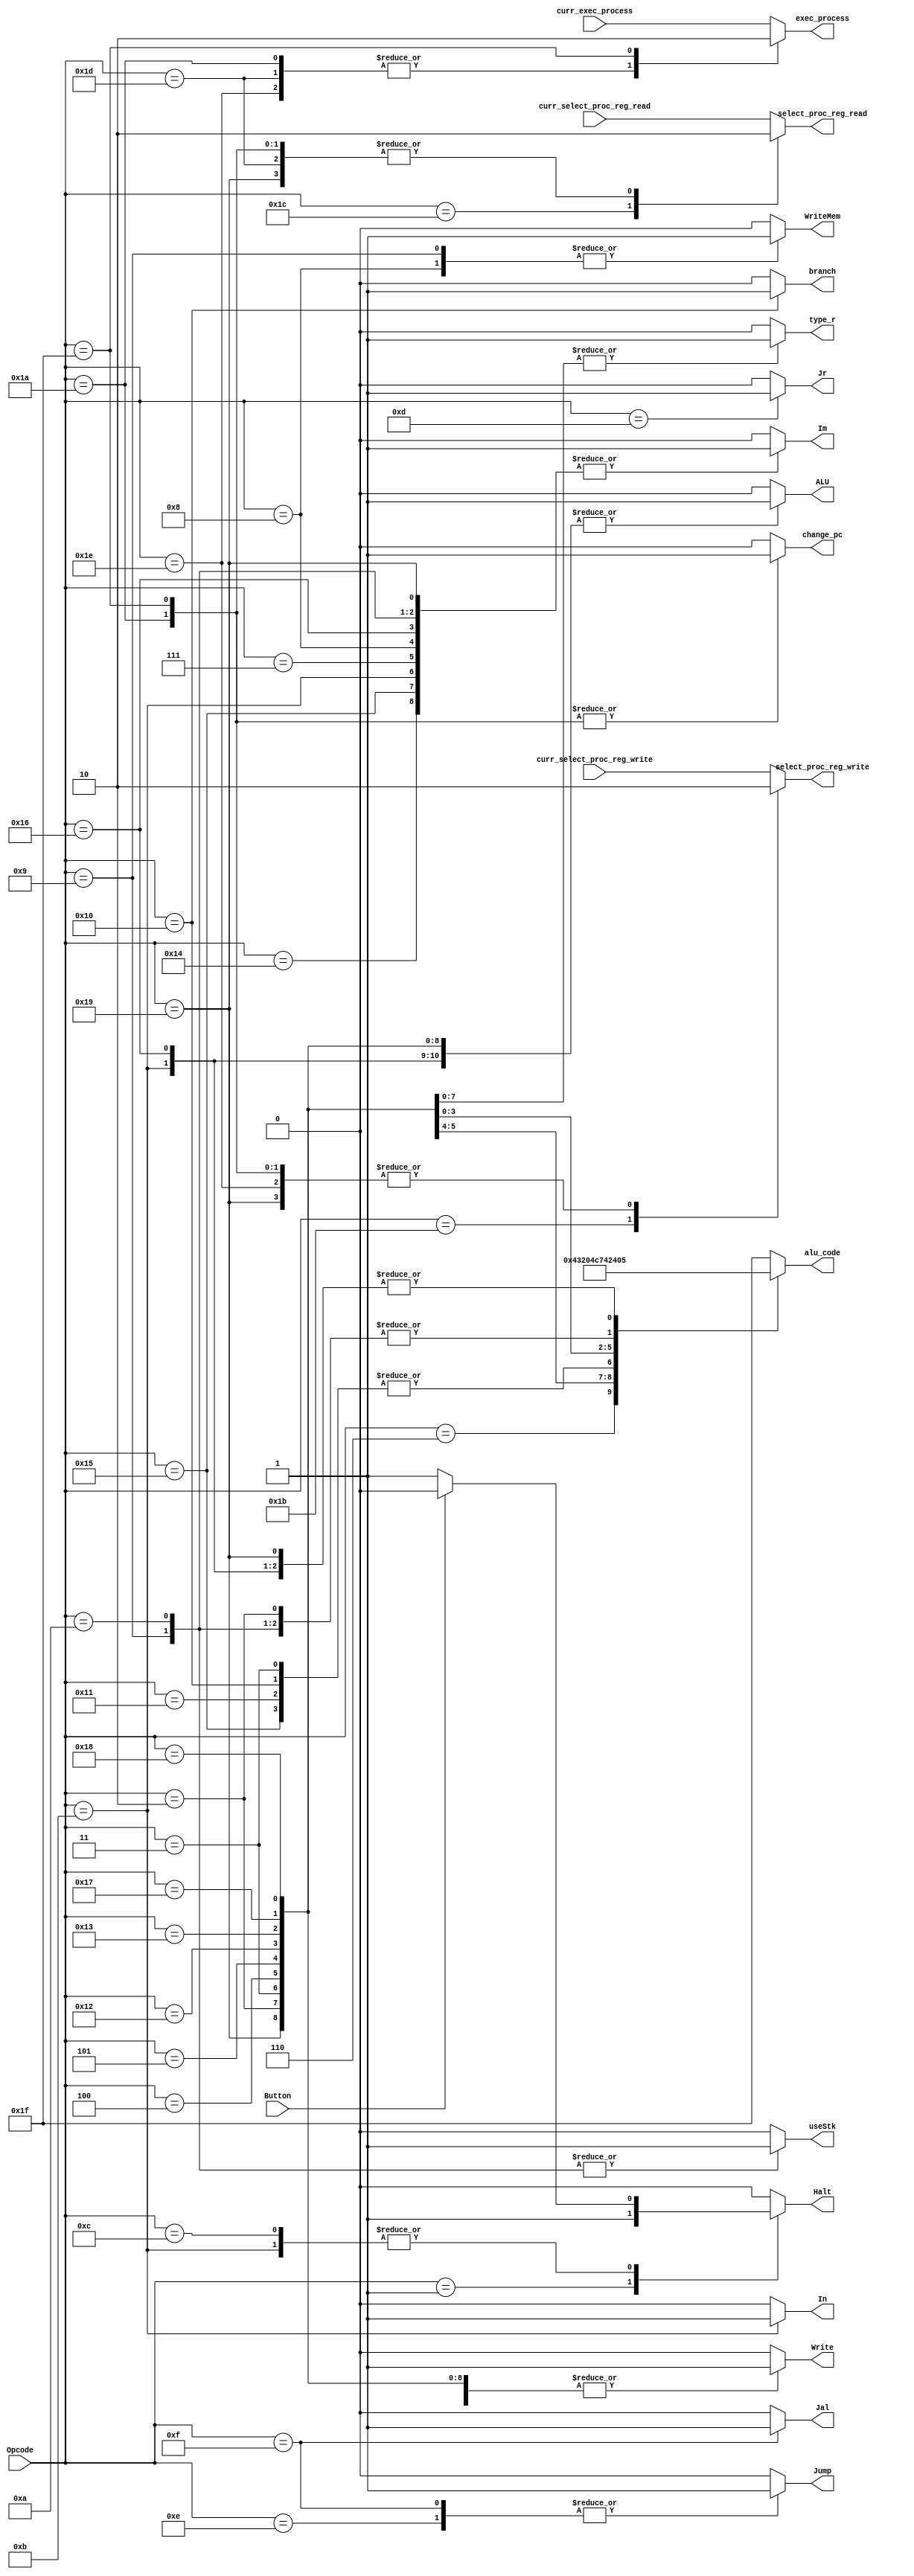
module ControlUnit (Button, curr_exec_process, curr_select_proc_reg_write, curr_select_proc_reg_read, Opcode, alu_code, ALU, branch, change_pc, Halt, Im, In, Jal, Jr, Jump, Write, WriteMem, useStk, type_r,exec_process, select_proc_reg_write , select_proc_reg_read);
	input Button, curr_exec_process, curr_select_proc_reg_write, curr_select_proc_reg_read;
	input [5:0] Opcode;
	output reg [4:0] alu_code;
	output reg ALU, branch, change_pc, Halt, Im, In, Jal, Jr, Jump, Write, WriteMem, useStk, type_r, exec_process, select_proc_reg_write , select_proc_reg_read ;
	
	always @ (*) begin
		case (Opcode)
			6'b000001: //halt
				begin
				ALU = 1'b0; 
				Halt = 1'b1;
				Im = 1'b0;
				In = 1'b0;
				Jal = 1'b0;
				Jr = 1'b0;
				Jump = 1'b0;
				//Mem = 1'b0;
				Write = 1'b0;
				WriteMem = 1'b0;
				useStk = 1'b0;
				alu_code = 5'b11111;
				type_r = 1'b0;
				//type_i = 1'b0;
				//type_in = 1'b0;
				branch = 1'b0;
				exec_process = curr_exec_process;
				select_proc_reg_write = curr_select_proc_reg_write ;
				select_proc_reg_read = curr_select_proc_reg_read;
				change_pc = 1'b0;
				end
			6'b000010 : //add
				begin
				ALU = 1'b1; 
				Halt = 1'b0;
				Im = 1'b0;
				In = 1'b0;
				Jal = 1'b0;
				Jr = 1'b0;
				Jump = 1'b0;
				//Mem = 1'b0;
				Write = 1'b1;
				WriteMem = 1'b0;
				useStk = 1'b0;
				alu_code = 5'b00000;
				type_r = 1'b1;
				//type_i = 1'b0;
				//type_in = 1'b0;
				branch = 1'b0;
				exec_process = curr_exec_process;
				select_proc_reg_write = curr_select_proc_reg_write ;
				select_proc_reg_read = curr_select_proc_reg_read;
				change_pc = 1'b0;
				end
			6'b000011 : //sub
				begin
				ALU = 1'b1; 
				Halt = 1'b0;
				Im = 1'b0;
			   In = 1'b0;	
				Jal = 1'b0;
				Jr = 1'b0;
				Jump = 1'b0;
				//Mem = 1'b0;
				Write = 1'b1;
				WriteMem = 1'b0;
				useStk = 1'b0;
				alu_code = 5'b00001;
				type_r = 1'b1;
				//type_i = 1'b0;
				//type_in = 1'b0;
				branch = 1'b0;
				exec_process = curr_exec_process;
				select_proc_reg_write = curr_select_proc_reg_write ;
				select_proc_reg_read = curr_select_proc_reg_read;
				change_pc = 1'b0;
				end
			6'b010100 : //addi
				begin
				ALU = 1'b1; 
				Halt = 1'b0;
				In = 1'b0;
				Im = 1'b1; 
				Jal = 1'b0;
				Jr = 1'b0;
				Jump = 1'b0;
				//Mem = 1'b0;
				Write = 1'b1;
				WriteMem = 1'b0;
				useStk = 1'b0;
				alu_code = 5'b00000;
				type_r = 1'b0;
				//type_i = 1'b1;
				//type_in = 1'b0;
				branch = 1'b0;
				exec_process = curr_exec_process;
				select_proc_reg_write = curr_select_proc_reg_write ;
				select_proc_reg_read = curr_select_proc_reg_read;
				change_pc = 1'b0;
				end
			6'b010101 : //subi
				begin
				ALU = 1'b1; 
				Halt = 1'b0;
				Im = 1'b1;
			   In = 1'b0;
				Jal = 1'b0;
				Jr = 1'b0;
				Jump = 1'b0;
				//Mem = 1'b0;
				Write = 1'b1;
				WriteMem = 1'b0;
				useStk = 1'b0;
				alu_code = 5'b00001;
				type_r = 1'b0;
				//type_i = 1'b1;
				//type_in = 1'b0;
				branch = 1'b0;
				exec_process = curr_exec_process;
				select_proc_reg_write = curr_select_proc_reg_write ;
				select_proc_reg_read = curr_select_proc_reg_read;
				change_pc = 1'b0;
				end
			6'b000110: //mov
				begin
				ALU = 1'b1; 
				Halt = 1'b0;
				Im = 1'b0;
				In = 1'b0;
				Jal = 1'b0;
				Jr = 1'b0;
				Jump = 1'b0;
				//Mem = 1'b0;
				Write = 1'b1;
				WriteMem = 1'b0;
				useStk = 1'b0;
				alu_code = 5'b00010;
				type_r = 1'b0;
				//type_i = 1'b1;
				//type_in = 1'b0;
				branch = 1'b0;
				exec_process = curr_exec_process;
				select_proc_reg_write = curr_select_proc_reg_write ;
				select_proc_reg_read = curr_select_proc_reg_read;
				change_pc = 1'b0;
				end
			6'b000100: //mult
				begin
				ALU = 1'b1; 
				Halt = 1'b0;
				Im = 1'b0; 
				In = 1'b0;
				Jal = 1'b0;
				Jr = 1'b0;
				Jump = 1'b0;
				//Mem = 1'b0;
				Write = 1'b1;
				WriteMem = 1'b0;
				useStk = 1'b0;
				alu_code = 5'b00011;
				type_r = 1'b1;
				//type_i = 1'b0;
				//type_in = 1'b0;
				branch = 1'b0;
				exec_process = curr_exec_process;
				select_proc_reg_write = curr_select_proc_reg_write ;
				select_proc_reg_read = curr_select_proc_reg_read;
				change_pc = 1'b0;
				end
			6'b000101: //div
				begin
				ALU = 1'b1; 
				Halt = 1'b0;
				Im = 1'b0;
				In = 1'b0;
				Jal = 1'b0;
				Jr = 1'b0;
				Jump = 1'b0;
				//Mem = 1'b0;
				Write = 1'b1;
				WriteMem = 1'b0;
				useStk = 1'b0;
				alu_code = 5'b00100;
				type_r = 1'b1;
				//type_i = 1'b0;
				//type_in = 1'b0;
				branch = 1'b0;
				exec_process = curr_exec_process;
				select_proc_reg_write = curr_select_proc_reg_write ;
				select_proc_reg_read = curr_select_proc_reg_read;
				change_pc = 1'b0;
				end
			6'b010001: //bneq
				begin
				ALU = 1'b0; 
				Halt = 1'b0;
				Im = 1'b0;
				In = 1'b0;
				Jal = 1'b0;
				Jr = 1'b0;
				Jump = 1'b0;
				//Mem = 1'b0;
				Write = 1'b0;
				WriteMem = 1'b0;
				useStk = 1'b0;
				alu_code = 5'b00001;
				type_r = 1'b0;
				//type_i = 1'b0;
				//type_in = 1'b0;
				branch = 1'b0;
				exec_process = curr_exec_process;
				select_proc_reg_write = curr_select_proc_reg_write ;
				select_proc_reg_read = curr_select_proc_reg_read;
				change_pc = 1'b0;
				end
			6'b010000: //beq 
				begin
				ALU = 1'b0; 
				Halt = 1'b0;
				Im = 1'b0;
				In = 1'b0;
				Jal = 1'b0;
				Jr = 1'b0;
				Jump = 1'b0;
				//Mem = 1'b0;
				Write = 1'b0;
				WriteMem = 1'b0;
				useStk = 1'b0;
				alu_code = 5'b00001;
				type_r = 1'b0;
				//type_i = 1'b0;
				//type_in = 1'b0;
				branch = 1'b1;
				exec_process = curr_exec_process;
				select_proc_reg_write = curr_select_proc_reg_write ;
				select_proc_reg_read = curr_select_proc_reg_read;
				change_pc = 1'b0;
				end
			6'b010010: //slt
				begin
				ALU = 1'b1;
				Halt = 1'b0;
				Im = 1'b0;
				In = 1'b0;
				Jal = 1'b0;
				Jr = 1'b0;
				Jump = 1'b0;
				//Mem = 1'b0;
				Write = 1'b1;
				WriteMem = 1'b0;
				useStk = 1'b0;
				alu_code = 5'b00110;
				type_r = 1'b1;
				//type_i = 1'b0;
				//type_in = 1'b0;
				branch = 1'b0;
				exec_process = curr_exec_process;
				select_proc_reg_write = curr_select_proc_reg_write ;
				select_proc_reg_read = curr_select_proc_reg_read;
				change_pc = 1'b0;
				end
			6'b010011: //sgt
				begin
				ALU = 1'b1;
				Halt = 1'b0;
				Im = 1'b0;
				In = 1'b0;
				Jal = 1'b0;
				Jr = 1'b0;
				Jump = 1'b0;
			//	Mem = 1'b0;
				Write = 1'b1;
				WriteMem = 1'b0;
				useStk = 1'b0;
				alu_code = 5'b00111;
				type_r = 1'b1;
				//type_i = 1'b0;
				//type_in = 1'b0;
				branch = 1'b0;
				exec_process = curr_exec_process;
				select_proc_reg_write = curr_select_proc_reg_write ;
				select_proc_reg_read = curr_select_proc_reg_read;
				change_pc = 1'b0;
				end
			6'b010111: //slet
				begin
				ALU = 1'b1;
				Halt = 1'b0;
				Im = 1'b0;
				In = 1'b0;
				Jal = 1'b0;
				Jr = 1'b0;
				Jump = 1'b0;
			//	Mem = 1'b0;
				Write = 1'b1;
				WriteMem = 1'b0;
				useStk = 1'b0;
				alu_code = 5'b01000;
				type_r = 1'b1;
				//type_i = 1'b0;
				//type_in = 1'b0;
				branch = 1'b0;
				exec_process = curr_exec_process;
				select_proc_reg_write = curr_select_proc_reg_write ;
				select_proc_reg_read = curr_select_proc_reg_read;
				change_pc = 1'b0;
				end
			6'b011000: //sget
				begin
				ALU = 1'b1;
				Halt = 1'b0;
				Im = 1'b0;
				In = 1'b0;
				Jal = 1'b0;
				Jr = 1'b0;
				Jump = 1'b0;
			//	Mem = 1'b0;
				Write = 1'b1;
				WriteMem = 1'b0;
				useStk = 1'b0;
				alu_code = 5'b01001;
				type_r = 1'b1;
				//type_i = 1'b0;
				//type_in = 1'b0;
				branch = 1'b0;
				exec_process = curr_exec_process;
				select_proc_reg_write = curr_select_proc_reg_write ;
				select_proc_reg_read = curr_select_proc_reg_read;
				change_pc = 1'b0;
				end
			6'b001011: //in
				begin
				ALU = 1'b1;
				Im = 1'b1;
				In = 1'b1;
				Jal = 1'b0;
				Jr = 1'b0;
				Jump = 1'b0;
				//Mem = 1'b0;
				Write = 1'b1;
				WriteMem = 1'b0;
				useStk = 1'b0;
				//Halt = 1'b1;
				alu_code = 5'b00101;
				type_r = 1'b0;
				//type_i = 1'b0;
				//type_in = 1'b1;
				branch = 1'b0;
				if (Button) Halt = 1'b0;
				else Halt = 1'b1;
				exec_process = curr_exec_process;
				select_proc_reg_write = curr_select_proc_reg_write ;
				select_proc_reg_read = curr_select_proc_reg_read;
				change_pc = 1'b0;
				end
			6'b001100: //out
				begin
				//Write = 1'b1;
				ALU = 1'b0; 
				Im = 1'b0;
				In = 1'b0;
				Jal = 1'b0;
				Jr = 1'b0;
				Jump = 1'b0;
				//Mem = 1'b0;
				Write = 1'b0;
				WriteMem = 1'b0;
				useStk = 1'b0;
				alu_code = 5'b11111;
				type_r = 1'b0;
				//type_i = 1'b0;
				//type_in = 1'b0;
				branch = 1'b0;
				if (Button) Halt = 1'b0;
				else Halt = 1'b1;
				exec_process = curr_exec_process;
				select_proc_reg_write = curr_select_proc_reg_write ;
				select_proc_reg_read = curr_select_proc_reg_read;
				change_pc = 1'b0;
				//end
				end
			6'b000111: //lw
				begin
				ALU = 1'b0; 
				Halt = 1'b0;
				Im = 1'b1;
				In = 1'b0;
				Jal = 1'b0;
				Jr = 1'b0;
				Jump = 1'b0;
				//Mem = 1'b1;
				Write = 1'b1;
				WriteMem = 1'b0;
				useStk = 1'b0;
				alu_code = 5'b00000;
				type_r = 1'b0;
				//type_i = 1'b1; //verificar segybdi a logica
				//type_in = 1'b0;
				branch = 1'b0;
				exec_process = curr_exec_process;
				select_proc_reg_write = curr_select_proc_reg_write ;
				select_proc_reg_read = curr_select_proc_reg_read;
				change_pc = 1'b0;
				end
			6'b001000: //sw
				begin
				ALU = 1'b0; 
				Halt = 1'b0;
				Im = 1'b1;
				In = 1'b0;
				Jal = 1'b0;
				Jr = 1'b0;
				Jump = 1'b0;
				//Mem = 1'b0;
				Write = 1'b0;
				WriteMem = 1'b1;
				useStk = 1'b0;
				alu_code = 5'b00000;
				type_r = 1'b0;
				//type_i = 1'b1;
				//type_in = 1'b0;
				branch = 1'b0;
				exec_process = curr_exec_process;
				select_proc_reg_write = curr_select_proc_reg_write ;
				select_proc_reg_read = curr_select_proc_reg_read;
				change_pc = 1'b0;
				end
			6'b001101: //jr
				begin
				ALU = 1'b0; 
				Halt = 1'b0;
				Im = 1'b0;
				In = 1'b0;
				Jal = 1'b0;
				Jr = 1'b1;
				Jump = 1'b0; //tava 1
				//Mem = 1'b0;
				Write = 1'b0;
				WriteMem = 1'b0;
				useStk = 1'b0;
				alu_code = 5'b11111;
				type_r = 1'b0;
				//type_i = 1'b0;
				//type_in = 1'b0;
				branch = 1'b0;
				exec_process = curr_exec_process;
				select_proc_reg_write = curr_select_proc_reg_write ;
				select_proc_reg_read = curr_select_proc_reg_read;
				change_pc = 1'b0;
				end
			6'b001110: //j
				begin 
				ALU = 1'b0; 
				Halt = 1'b0;
				Im = 1'b0;
				In = 1'b0;
				Jal = 1'b0;
				Jr = 1'b0;
				Jump = 1'b1;
				//Mem = 1'b0;
				Write = 1'b0;
				WriteMem = 1'b0;
				useStk = 1'b0;
				alu_code = 5'b11111;
				type_r = 1'b0;
				//type_i = 1'b0;
				//type_in = 1'b0;
				branch = 1'b0;
				exec_process = curr_exec_process;
				select_proc_reg_write = curr_select_proc_reg_write ;
				select_proc_reg_read = curr_select_proc_reg_read;
				change_pc = 1'b0;
				end
			6'b001111: //jal
				begin
				ALU = 1'b0; 
				Halt = 1'b0;
				Im = 1'b0;
				In = 1'b0;
				Jal = 1'b1;
				Jr = 1'b0;
				Jump = 1'b1;
				//Mem = 1'b0;
				Write = 1'b0;
				WriteMem = 1'b0;
				useStk = 1'b0;
				alu_code = 5'b11111;
				type_r = 1'b0;
				//type_i = 1'b0;
				//type_in = 1'b0;
				branch = 1'b0;
				exec_process = curr_exec_process;
				select_proc_reg_write = curr_select_proc_reg_write ;
				select_proc_reg_read = curr_select_proc_reg_read;
				change_pc = 1'b0;
				end
			6'b010110: //loadi
				begin
				ALU = 1'b1; 
				Halt = 1'b0;
				Im = 1'b1;
				In = 1'b0;
				Jal = 1'b0;
				Jr = 1'b0;
				Jump = 1'b0;
				//Mem = 1'b0;
				Write = 1'b1;
				WriteMem = 1'b0;
				useStk = 1'b0;
				alu_code = 5'b00101;
				type_r = 1'b0;
				//type_i = 1'b0;
				//type_in = 1'b1;
				branch = 1'b0;
				exec_process = curr_exec_process;
				select_proc_reg_write = curr_select_proc_reg_write ;
				select_proc_reg_read = curr_select_proc_reg_read;
				change_pc = 1'b0;
				end
			6'b001001: //push
				begin
				ALU = 1'b0; 
				Halt = 1'b0;
				Im = 1'b1;
				In = 1'b0;
				Jal = 1'b0;
				Jr = 1'b0;
				Jump = 1'b0;
				//Mem = 1'b0;
				Write = 1'b0;
				WriteMem = 1'b1;
				useStk = 1'b1;
				alu_code = 5'b00000;
				type_r = 1'b0;
				//type_i = 1'b1;
				//type_in = 1'b0;
				branch = 1'b0;
				exec_process = curr_exec_process;
				select_proc_reg_write = curr_select_proc_reg_write ;
				select_proc_reg_read = curr_select_proc_reg_read;
				change_pc = 1'b0;
				end
			6'b001010: //pop
				begin
				ALU = 1'b0; 
				Halt = 1'b0;
				Im = 1'b1;
				In = 1'b0;
				Jal = 1'b0;
				Jr = 1'b0;
				Jump = 1'b0;
				//Mem = 1'b1;
				Write = 1'b1;
				WriteMem = 1'b0;
				useStk = 1'b1;
				alu_code = 5'b00000;
				type_r = 1'b0;
				//type_i = 1'b1;
				//type_in = 1'b0;
				branch = 1'b0;
				exec_process = curr_exec_process;
				select_proc_reg_write = curr_select_proc_reg_write ;
				select_proc_reg_read = curr_select_proc_reg_read;
				change_pc = 1'b0;
				end
			6'b011001: //syscall
			begin
				ALU = 1'b1; 
				Halt = 1'b0;
				Im = 1'b1;
				In = 1'b0;
				Jal = 1'b0;
				Jr = 1'b0;
				Jump = 1'b0;
				//Mem = 1'b0;
				Write = 1'b1;
				WriteMem = 1'b0;
				useStk = 1'b0;
				alu_code = 5'b00101;
				type_r = 1'b0;
				//type_i = 1'b0;
				//type_in = 1'b1;
				branch = 1'b0;
				exec_process = curr_exec_process;
				select_proc_reg_write = 1'b0;
				select_proc_reg_read = 1'b0;
				change_pc = 1'b0;
				end
			6'b011010: //set_proc_pc
			begin
				ALU = 1'b0; 
				Halt = 1'b0;
				Im = 1'b0;
				In = 1'b0;
				Jal = 1'b0;
				Jr = 1'b0;
				Jump = 1'b0;
				//Mem = 1'b0;
				Write = 1'b0;
				WriteMem = 1'b0;
				useStk = 1'b0;
				alu_code = 5'b11111;
				type_r = 1'b0;
				//type_i = 1'b0;
				//type_in = 1'b0;
				branch = 1'b0;
				exec_process = 1'b1;
				select_proc_reg_write = 1'b0;
				select_proc_reg_read = 1'b0;
				change_pc = 1'b1;
				end
			6'b011011: //enable_write_proc
			begin
				ALU = 1'b0; 
				Halt = 1'b0;
				Im = 1'b0;
				In = 1'b0;
				Jal = 1'b0;
				Jr = 1'b0;
				Jump = 1'b0;
				//Mem = 1'b0;
				Write = 1'b0;
				WriteMem = 1'b0;
				useStk = 1'b0;
				alu_code = 5'b11111;
				type_r = 1'b0;
				//type_i = 1'b0;
				//type_in = 1'b0;
				branch = 1'b0;
				exec_process = curr_exec_process;
				select_proc_reg_write = 1'b1;
				select_proc_reg_read = curr_select_proc_reg_read;
				change_pc = 1'b0;
				end
			6'b011100: //enable_read_proc
			begin
				ALU = 1'b0; 
				Halt = 1'b0;
				Im = 1'b0;
				In = 1'b0;
				Jal = 1'b0;
				Jr = 1'b0;
				Jump = 1'b0;
				//Mem = 1'b0;
				Write = 1'b0;
				WriteMem = 1'b0;
				useStk = 1'b0;
				alu_code = 5'b11111;
				type_r = 1'b0;
				//type_i = 1'b0;
				//type_in = 1'b0;
				branch = 1'b0;
				exec_process = curr_exec_process;
				select_proc_reg_write = curr_select_proc_reg_write;
				select_proc_reg_read = 1'b1;
				change_pc = 1'b0;
				end
			6'b011101: //disable_read_proc
			begin
				ALU = 1'b0; 
				Halt = 1'b0;
				Im = 1'b0;
				In = 1'b0;
				Jal = 1'b0;
				Jr = 1'b0;
				Jump = 1'b0;
				//Mem = 1'b0;
				Write = 1'b0;
				WriteMem = 1'b0;
				useStk = 1'b0;
				alu_code = 5'b11111;
				type_r = 1'b0;
				//type_i = 1'b0;
				//type_in = 1'b0;
				branch = 1'b0;
				exec_process = 1'b1;
				select_proc_reg_write = curr_select_proc_reg_write;
				select_proc_reg_read = 1'b0;
				change_pc = 1'b0;
				end
			6'b011110: //disable_write_proc
			begin
				ALU = 1'b0; 
				Halt = 1'b0;
				Im = 1'b0;
				In = 1'b0;
				Jal = 1'b0;
				Jr = 1'b0;
				Jump = 1'b0;
				//Mem = 1'b0;
				Write = 1'b0;
				WriteMem = 1'b0;
				useStk = 1'b0;
				alu_code = 5'b11111;
				type_r = 1'b0;
				//type_i = 1'b0;
				//type_in = 1'b0;
				branch = 1'b0;
				exec_process = 1'b1;
				select_proc_reg_write = 1'b0;
				select_proc_reg_read = curr_select_proc_reg_read;
				change_pc = 1'b0;
				end
			6'b011111: //set_so_pc
			begin
				ALU = 1'b0; 
				Halt = 1'b0;
				Im = 1'b0;
				In = 1'b0;
				Jal = 1'b0;
				Jr = 1'b0;
				Jump = 1'b0;
				//Mem = 1'b0;
				Write = 1'b0;
				WriteMem = 1'b0;
				useStk = 1'b0;
				alu_code = 5'b11111;
				type_r = 1'b0;
				//type_i = 1'b0;
				//type_in = 1'b0;
				branch = 1'b0;
				exec_process = 1'b0;
				select_proc_reg_write = 1'b0;
				select_proc_reg_read = 1'b0;
				change_pc = 1'b1;
				end
			default:
				begin
				ALU = 1'b0; 
				Halt = 1'b0;
				Im = 1'b0;
				In = 1'b0;
				Jal = 1'b0;
				Jr = 1'b0;
				Jump = 1'b0;
				//Mem = 1'b0;
				Write = 1'b0;
				WriteMem = 1'b0;
				useStk = 1'b0;
				alu_code = 5'b11111;
				type_r = 1'b0;
				//type_i = 1'b0;
				//type_in = 1'b0;
				branch = 1'b0;
				exec_process = curr_exec_process;
				select_proc_reg_write = curr_select_proc_reg_write ;
				select_proc_reg_read = curr_select_proc_reg_read;
				change_pc = 1'b0;
				end
		endcase
	end
endmodule